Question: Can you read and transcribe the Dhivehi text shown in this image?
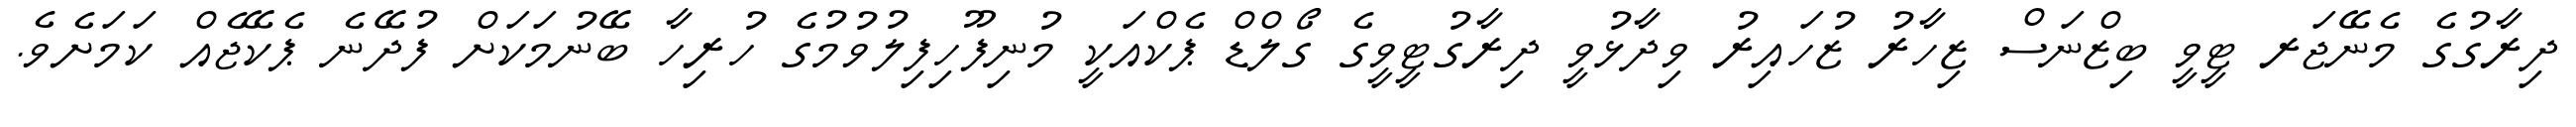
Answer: ދިރާގުގެ މެނޭޖަރ ޓީވީ ބިޒްނަސް ޒިހާރު ޒުހައިރު ވިދާޅުވީ ދިރާގުޓީވީގެ ގޯލްޑް ޕެކްއަކީ މުނިފޫހިފިލުވުމުގެ ހުރިހާ ބޭނުމަކަށް ފުދޭނެ ޕެކޭޖެއް ކަމަށެވެ.